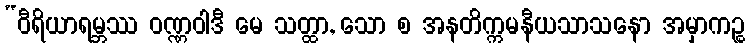
“ဝီရိယာရမ္ဘဿ ဝဏ္ဏဝါဒီ မေ သတ္ထာ, သော စ အနတိက္ကမနီယသာသနော အမှာကဉ္စ